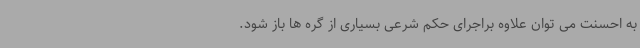
به احسنت می توان علاوه براجرای حکم شرعی بسیاری از گره ها باز شود.